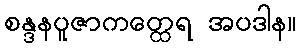
စန္ဒနပူဇာကတ္ထေရ အပဒါန။